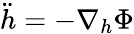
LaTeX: \ddot{h}=-\nabla_{h}\Phi